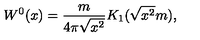
W ^ { 0 } ( x ) = { \frac { m } { 4 \pi \sqrt { x ^ { 2 } } } } K _ { 1 } ( \sqrt { x ^ { 2 } } m ) ,